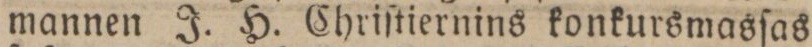
mannen J. H. Chriſtiernins konkursmasſas